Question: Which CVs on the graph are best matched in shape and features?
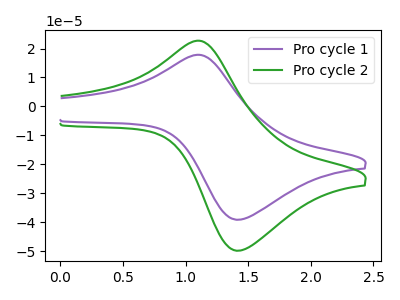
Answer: <think>The purple curve "Pro cycle 1" has an anodic peak at (1.10V, 17.80uA) and a cathodic peak at (1.45V, -39.10uA). The green curve "Pro cycle 2" has an anodic peak at (1.10V, 22.65uA) and a cathodic peak at (1.45V, -49.80uA).
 All the peaks in "Pro cycle 1" have a peak in "Pro cycle 2" at the same potential. Every peak in "Pro cycle 1" is lower than every peak in "Pro cycle 2".</think>
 <answer>"Pro cycle 1" and "Pro cycle 2" have the same shape and are likely CV's of the same chemical.</answer>
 <eval>"Pro cycle 1" "Pro cycle 2"</eval>